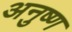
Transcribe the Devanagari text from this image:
अनुष्ण